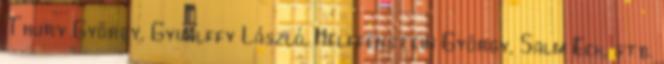
Thury György, Gyualffy László, Helffenstein György, Salm Eck, stb.